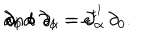
\partial _ { 0 } \circ \partial _ { \alpha } = \partial _ { \alpha } \hspace { 1 c m } \mathrm { a n d } \hspace { 1 c m } \partial _ { 1 } \circ \partial _ { 1 } = e ^ { t ^ { 1 } } \, \partial _ { 0 } .